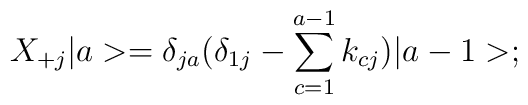
X_{+j}\vert a>=\delta_{ja}(\delta_{1j}-\sum_{c=1}^{a-1}k_{cj})\vert a-1>;